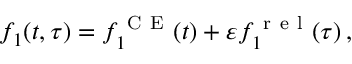
\begin{array} { r } { f _ { 1 } ( t , \tau ) = f _ { 1 } ^ { \mathrm { ~ C ~ E ~ } } ( t ) + \varepsilon f _ { 1 } ^ { \mathrm { ~ r ~ e ~ l ~ } } ( \tau ) \, , } \end{array}